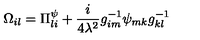
\Omega _ { i l } = \Pi _ { l i } ^ { \psi } + \frac { i } { 4 \lambda ^ { 2 } } g _ { i m } ^ { - 1 } \psi _ { m k } g _ { k l } ^ { - 1 }